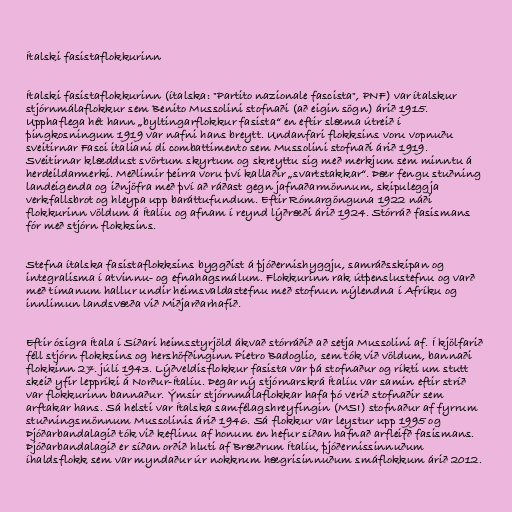
Ítalski fasistaflokkurinn

Ítalski fasistaflokkurinn (ítalska: "Partito nazionale fascista", PNF) var ítalskur
stjórnmálaflokkur sem Benito Mussolini stofnaði (að eigin sögn) árið 1915.
Upphaflega hét hann „byltingarflokkur fasista“ en eftir slæma útreið í
þingkosningum 1919 var nafni hans breytt. Undanfari flokksins voru vopnuðu
sveitirnar Fasci italiani di combattimento sem Mussolini stofnaði árið 1919.
Sveitirnar klæddust svörtum skyrtum og skreyttu sig með merkjum sem minntu á
herdeildarmerki. Meðlimir þeirra voru því kallaðir „svartstakkar“. Þær fengu stuðning
landeigenda og iðnjöfra með því að ráðast gegn jafnaðarmönnum, skipuleggja
verkfallsbrot og hleypa upp baráttufundum. Eftir Rómargönguna 1922 náði
flokkurinn völdum á Ítalíu og afnam í reynd lýðræði árið 1924. Stórráð fasismans
fór með stjórn flokksins.

Stefna ítalska fasistaflokksins byggðist á þjóðernishyggju, samráðsskipan og
integralisma í atvinnu- og efnahagsmálum. Flokkurinn rak útþenslustefnu og varð
með tímanum hallur undir heimsvaldastefnu með stofnun nýlendna í Afríku og
innlimun landsvæða við Miðjarðarhafið.

Eftir ósigra Ítala í Síðari heimsstyrjöld ákvað stórráðið að setja Mussolini af. Í kjölfarið
féll stjórn flokksins og hershöfðinginn Pietro Badoglio, sem tók við völdum, bannaði
flokkinn 27. júlí 1943. Lýðveldisflokkur fasista var þá stofnaður og ríkti um stutt
skeið yfir leppríki á Norður-Ítalíu. Þegar ný stjórnarskrá Ítalíu var samin eftir stríð
var flokkurinn bannaður. Ýmsir stjórnmálaflokkar hafa þó verið stofnaðir sem
arftakar hans. Sá helsti var Ítalska samfélagshreyfingin (MSI) stofnaður af fyrrum
stuðningsmönnum Mussolinis árið 1946. Sá flokkur var leystur upp 1995 og
Þjóðarbandalagið tók við keflinu af honum en hefur síðan hafnað arfleifð fasismans.
Þjóðarbandalagið er síðan orðið hluti af Bræðrum Ítalíu, þjóðernissinnuðum
íhaldsflokk sem var myndaður úr nokkrum hægrisinnuðum smáflokkum árið 2012.